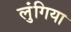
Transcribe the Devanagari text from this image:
लुंगिया